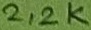
Text: 2,2K